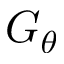
G _ { \theta }